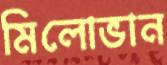
মিলোভান